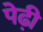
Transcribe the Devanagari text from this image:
पेढ़ी